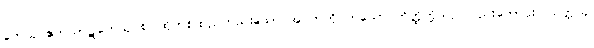
တေသု ဧကသာဋကေသု စ၊ ထိုတစ်ထည်တည်းသော အဝတ်ကိုဝတ်သော တိတ္ထိတို့သည်လည်းကောင်း။ သတ္တသု၊